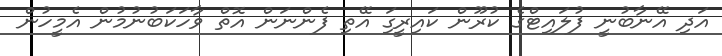
އަދި އޭނާބުނީ ފުލައިޓްގެ ކުރޫން ކައިރީގަި އޭތި ފެންނަން އޮތް ވާހަކަބުނުމުން އެމީހުން